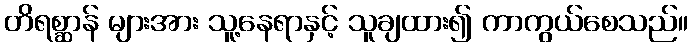
တိရစ္ဆာန် များအား သူ့နေရာနှင့် သူချထား၍ ကာကွယ်စေသည်။